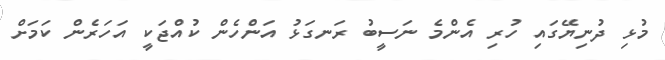
މުޅި ދުނިޔޭގައި ހުރި އެންމެ ނަސީބު ރަނގަޅު އަންހެން ކުއްޖަކީ އަހަރެން ކަމަށް